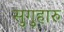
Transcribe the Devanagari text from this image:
सुगुहारु